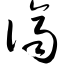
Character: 侪